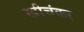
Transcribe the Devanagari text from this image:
खीचंकर